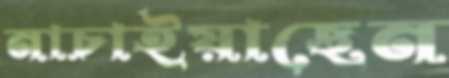
নাচাইয়াছেন